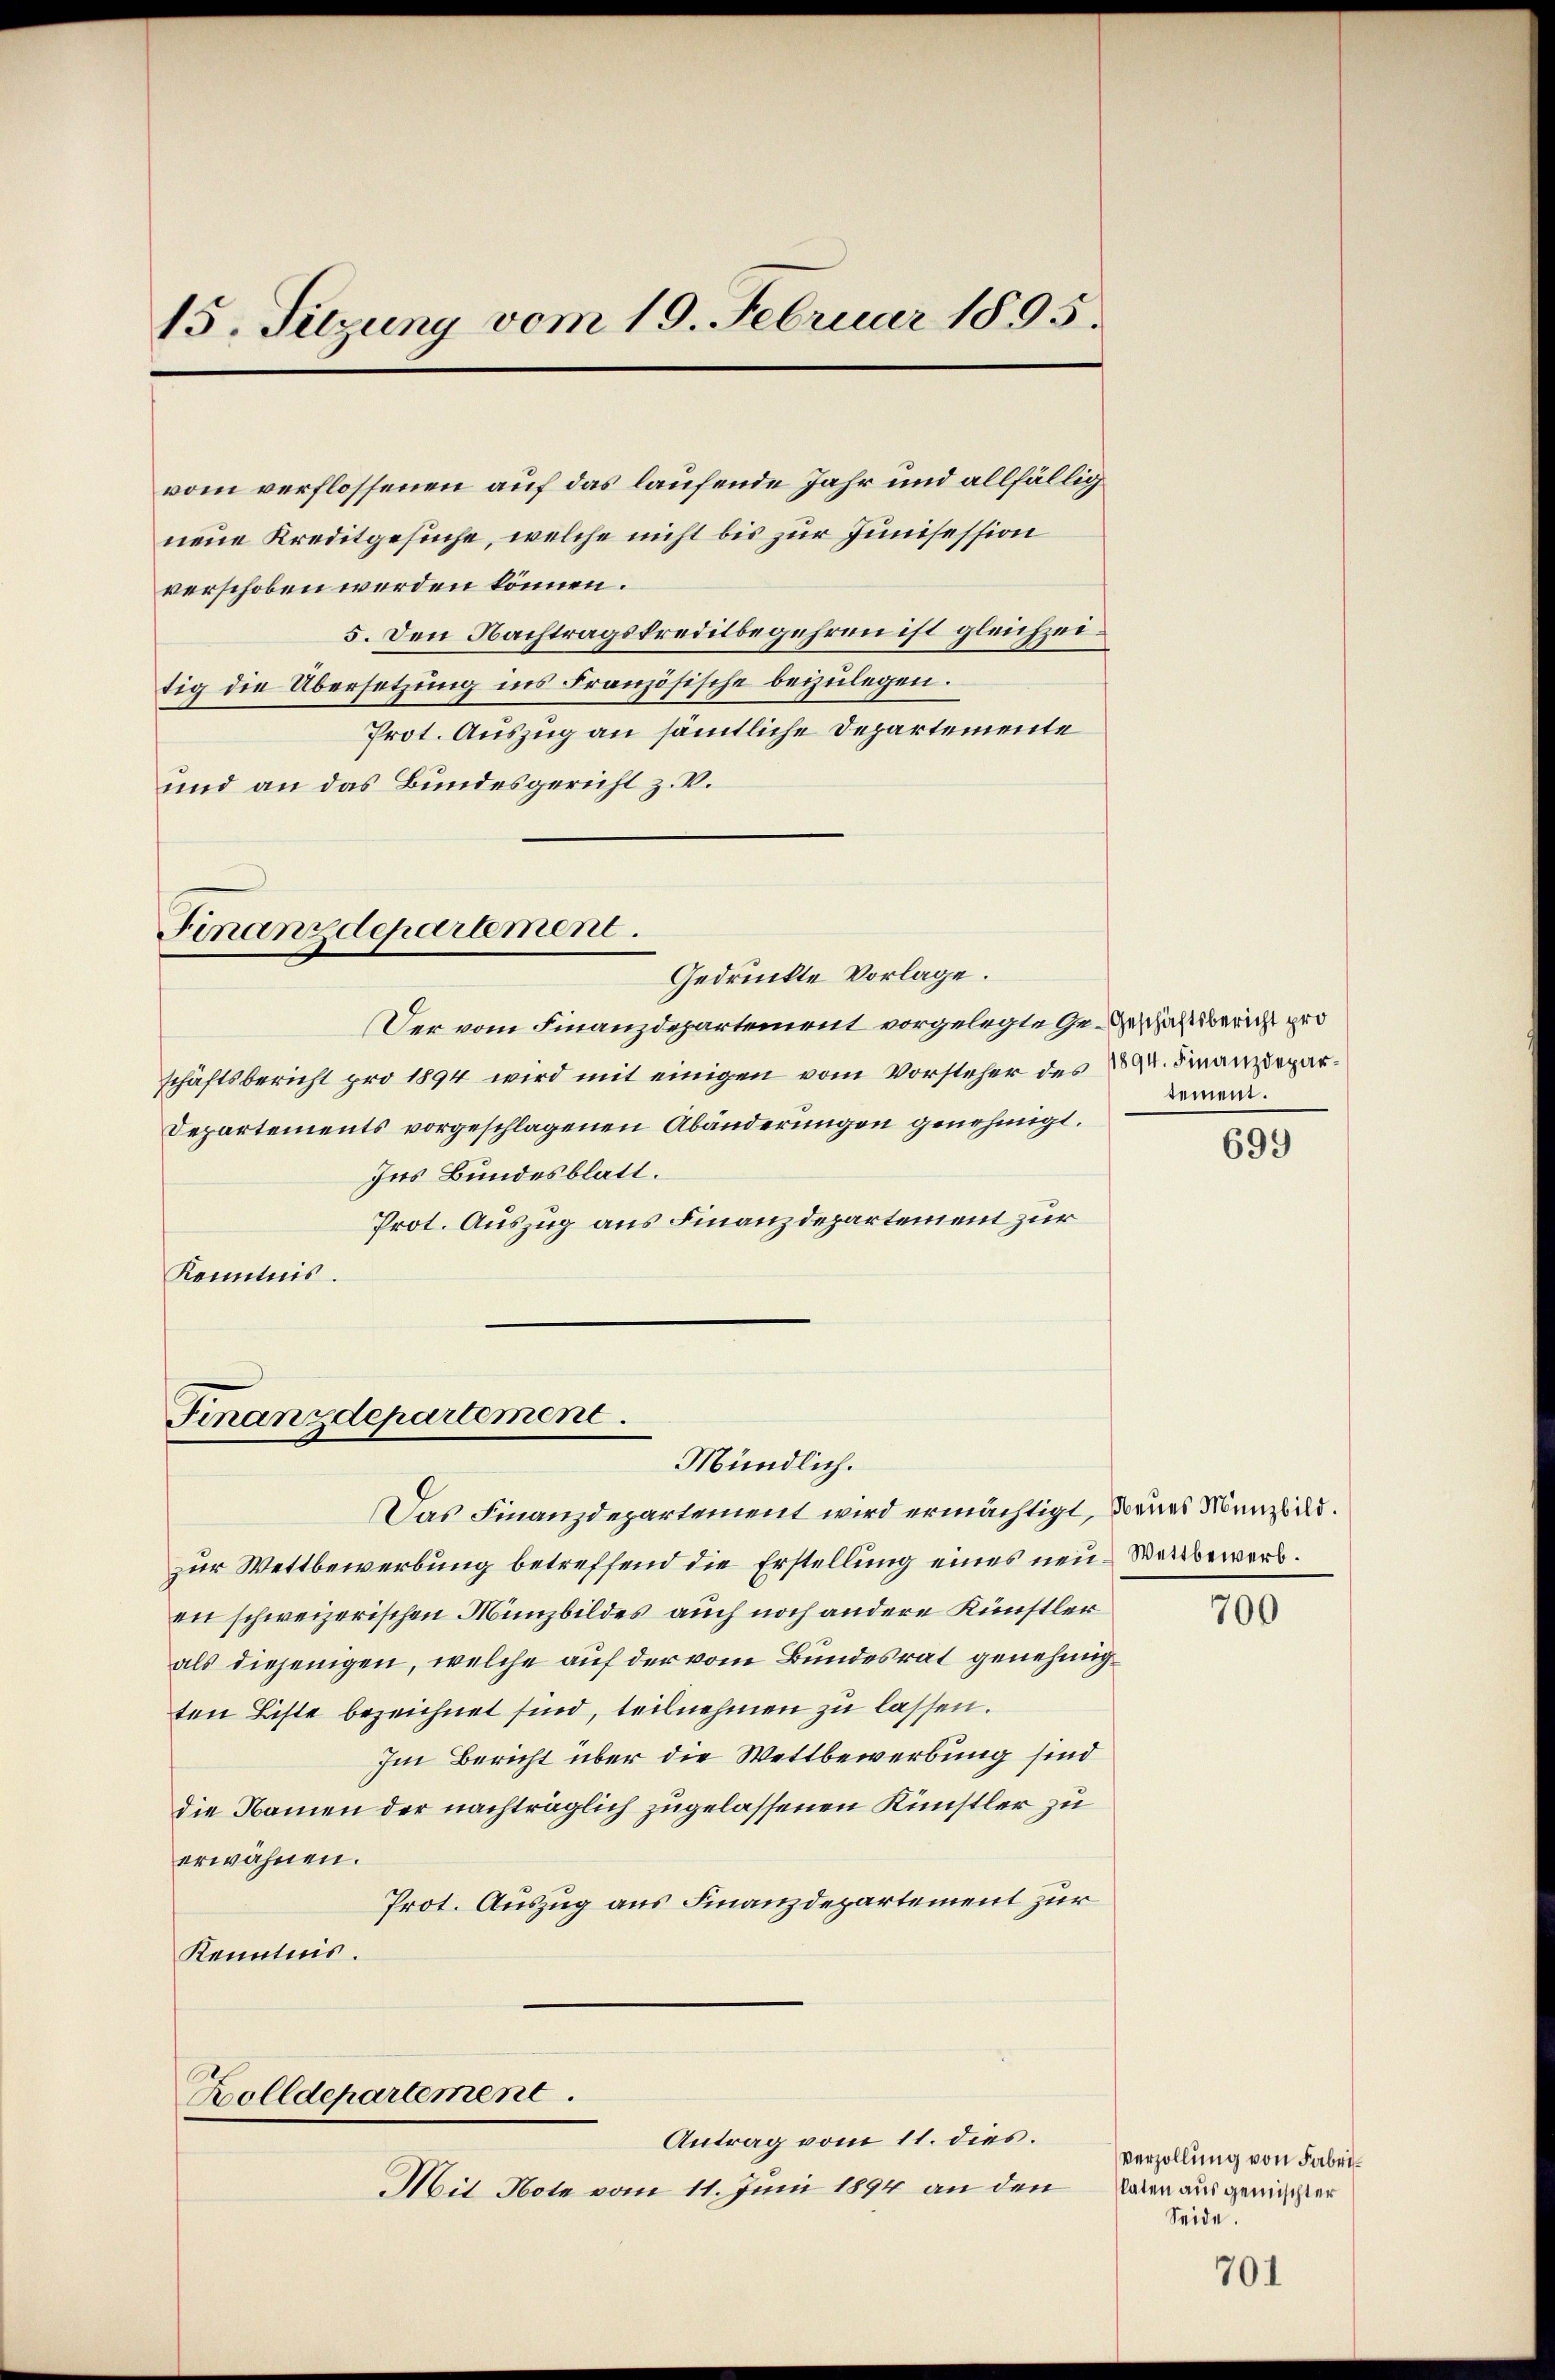
15. Sitzung vom 19. Februar 1895.

vom verflossenen auf das laufende Jahr und allfällig
neue Kreditgesuche, welche nicht bis zur Junisession
verschoben werden können.
5. Den Nachtragskreditbegehren ist gleichzeitig die Übersetzung ins Französische beizulegen.
Prot. Auszug an sämtliche Departemente
und an das Bundesgericht z. V.

Finanzdepartement.

Der vom Finanzdepartement vorgelegte Ge- Geschäftsbericht pro
schäftsbericht pro 1894 wird mit einigen vom Vorsteher des 2 u. Finanzdepar¬
Departements vorgeschlagenen Abänderungen genehmigt.
Ins Bundesblatt.
Prot. Auszug aus Finanzdepartement zur
Kenntnis.

Finanzdepartement
Mündlich.

Gedrückte Vorlage.

Zolldepartement.
Antrag vom 11. dies.

Mit Note vom 11. Juni 1894 an den

tement.

Das Finanzdepartement wird ermächtigt, denes Manzbild.
zur Wettbewerbung betreffend die Erstellung eines neu- Verbewerben schweizerischen Münzbildes auch noch andere Künstler
als diejenigen, welche auf der vom Bundesrat genehmigten Liste bezeichnet sind, teilnehmen zu lassen.
Im Bericht über die Wettbewerbung sind
die Namen der nachträglich zugelassenen Künstler zu
erwähnen.
Prot. Auszug aus Finanzdepartement zur
Kenntnis.

699

700

Verzöllung von Fabrislaten aus gemischter
Seide.

701